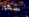
شهور